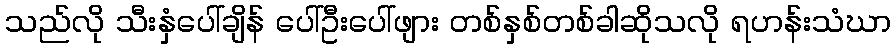
သည်လို သီးနှံပေါ်ချိန် ပေါ်ဦးပေါ်ဖျား တစ်နှစ်တစ်ခါဆိုသလို ရဟန်းသံဃာ